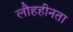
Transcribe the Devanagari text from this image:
लौहहीनता